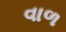
વાળ